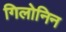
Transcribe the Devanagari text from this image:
गिलोनिन